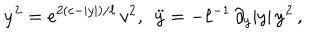
\dot { y } ^ { 2 } = e ^ { 2 ( c - | y | ) / \ell } \, v ^ { 2 } , \, \, \, \ddot { y } = - \ell ^ { - 1 } \, \partial _ { y } | y | \, \dot { y } ^ { 2 } \, ,